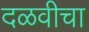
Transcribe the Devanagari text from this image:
दळवीचा